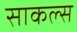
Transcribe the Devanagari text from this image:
साकल्स